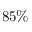
8 5 \%